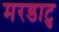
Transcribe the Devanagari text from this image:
मरडाटु